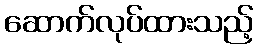
ဆောက်လုပ်ထားသည့်